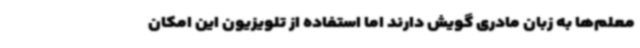
معلم‌ها به زبان مادری گویش دارند اما استفاده از تلویزیون این امکان